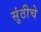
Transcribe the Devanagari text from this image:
सुंठीचे